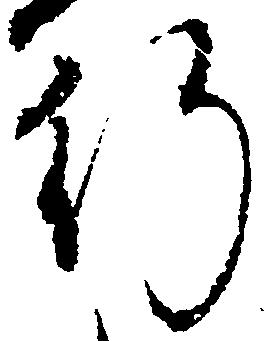
行